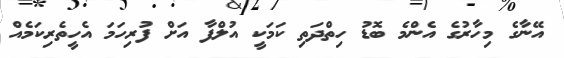
އޭނާގެ މިހާރުގެ އެންމެ ބޮޑު ހިތްދަތި ކަމަކީ އުލްފާ އަށް ފުރިހަމަ އެހީތެރިކަމެއް